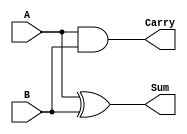
 module Half_Adder (A,B,Sum,Carry);
input A;
input B;
output Sum, Carry;

assign Sum = A^B;
assign Carry = A&B;
endmodule